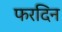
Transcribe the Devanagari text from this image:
फरदिन